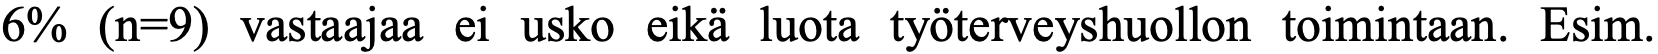
6% (n=9) vastaajaa ei usko eikä luota työterveyshuollon toimintaan. Esim.